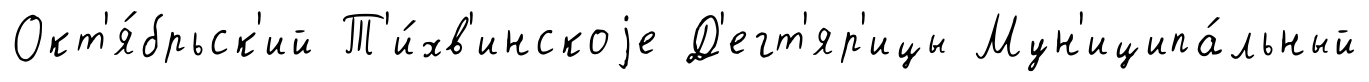
Окт'я́брьск'ий Т'и́хв'инскоjе Д'егт'яр'ицы Мун'иципа́льный